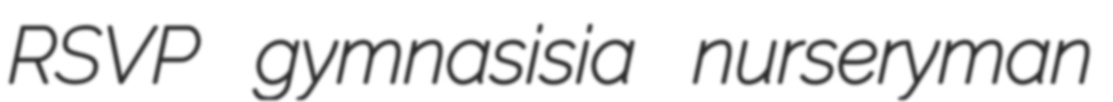
RSVP gymnasisia nurseryman